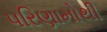
પરિણામોથી